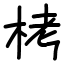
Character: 栲